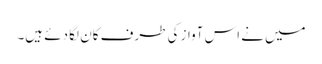
میں نے اس آواز کی طرف کان لگا دئے ہیں۔